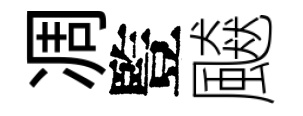
凋䜿飇